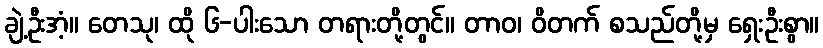
ချဲ့ဦးအံ့။ တေသု၊ ထို ၆-ပါးသော တရားတို့တွင်။ တာဝ၊ ဝိတက် စသည်တို့မှ ရှေးဦးစွာ။